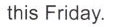
this Friday.